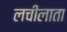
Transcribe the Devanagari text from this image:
लचीलाता